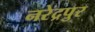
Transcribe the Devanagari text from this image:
नरेद्रपुर